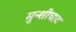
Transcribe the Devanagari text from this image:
मुन्शीघाट